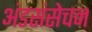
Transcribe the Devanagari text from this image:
अंडसंसेचन